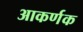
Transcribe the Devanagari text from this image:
आकर्णक